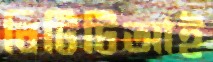
বিটিটিআই